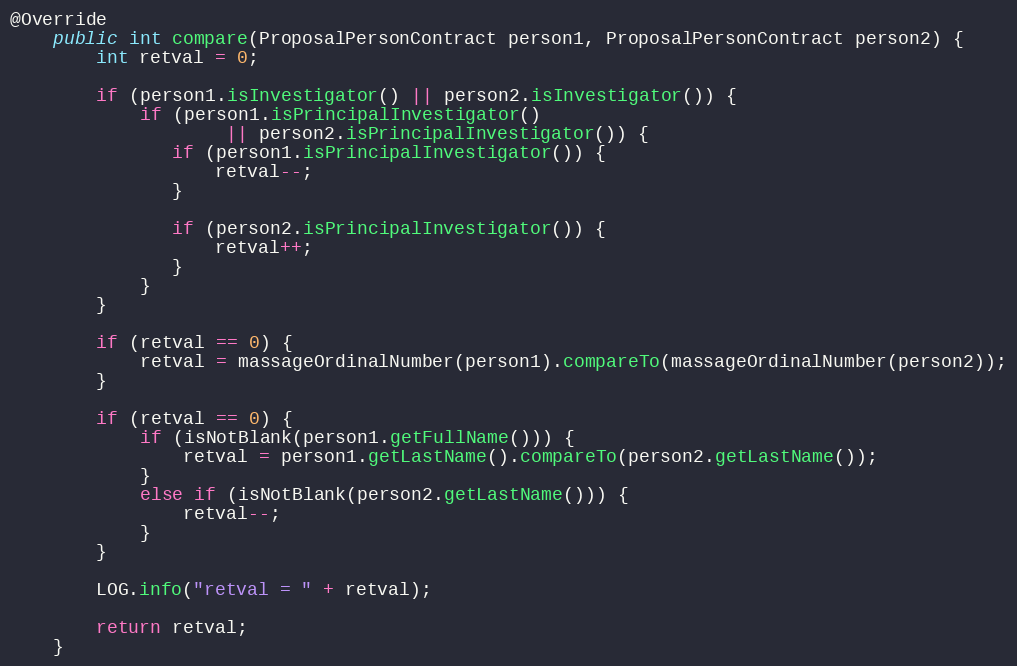
Language: Java
@Override
    public int compare(ProposalPersonContract person1, ProposalPersonContract person2) {
        int retval = 0;

        if (person1.isInvestigator() || person2.isInvestigator()) {
            if (person1.isPrincipalInvestigator()
                    || person2.isPrincipalInvestigator()) {
               if (person1.isPrincipalInvestigator()) {
                   retval--;
               }

               if (person2.isPrincipalInvestigator()) {
                   retval++;
               }
            }
        }

        if (retval == 0) {
            retval = massageOrdinalNumber(person1).compareTo(massageOrdinalNumber(person2));
        }

        if (retval == 0) {
            if (isNotBlank(person1.getFullName())) {
                retval = person1.getLastName().compareTo(person2.getLastName());
            }
            else if (isNotBlank(person2.getLastName())) {
                retval--;
            }
        }

        LOG.info("retval = " + retval);

        return retval;
    }